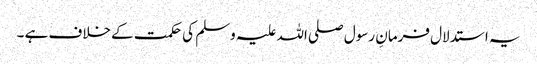
یہ استدلال فرمانِ رسول صلی اللہ علیہ وسلم کی حکمت کے خلاف ہے ۔